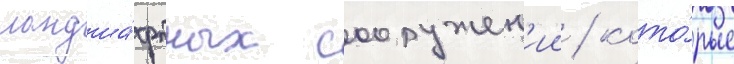
ландша́фтных сооружен'ии / кото́рые